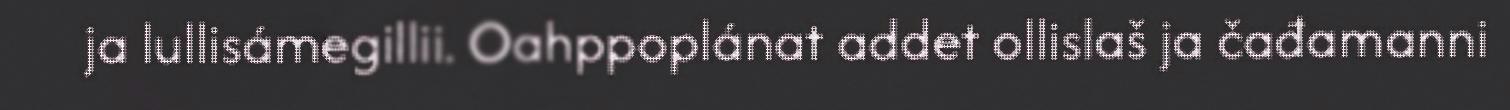
ja lullisámegillii. Oahppoplánat addet ollislaš ja čađamanni